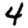
Digit: 4